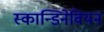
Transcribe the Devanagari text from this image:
स्कान्डिनेवियन